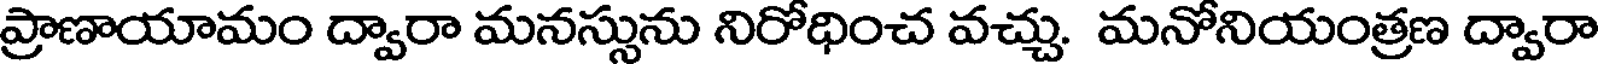
ప్రాణాయామం ద్వారా మనస్సును నిరోధించ వచ్చు. మనోనియంత్రణ ద్వారా